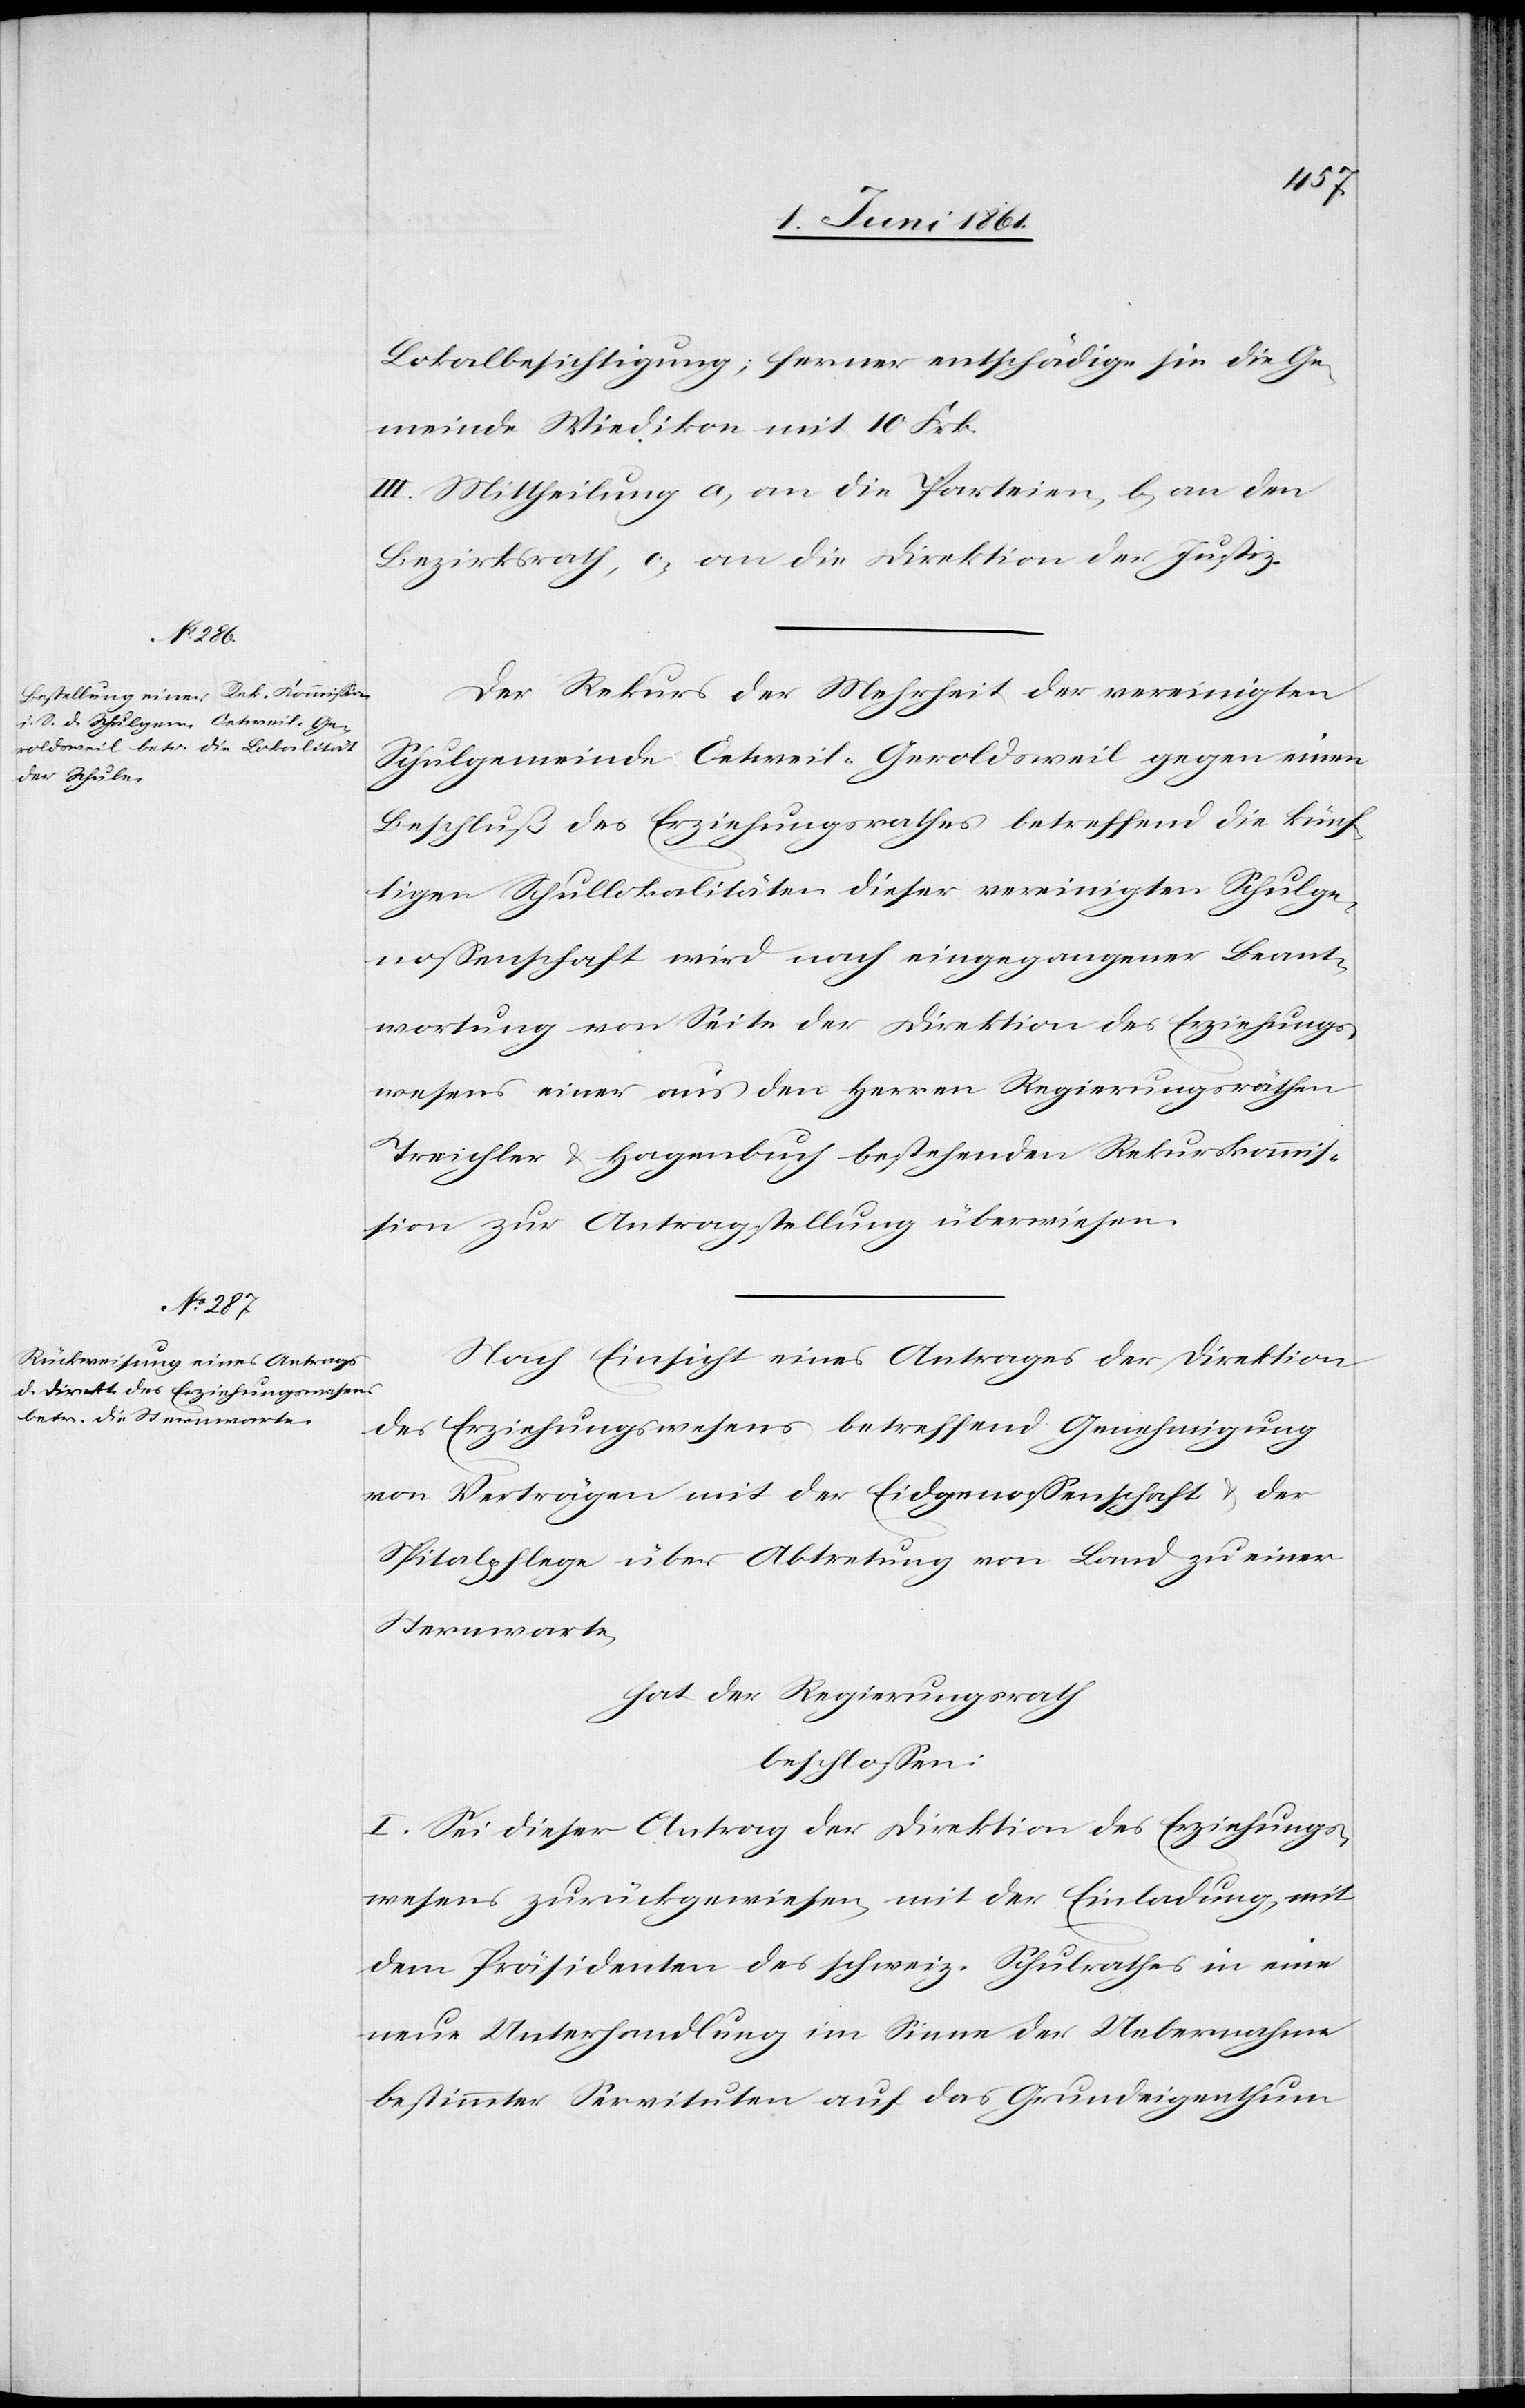
Lokalbesichtigung; ferner entschädige sie die Ge¬
meinde Wiedikon mit 10 Frk.
III. Mittheilung a. an die Parteien, b. an den
Bezirksrath, c. an die Direktion der Justiz.
Der Rekurs der Mehrheit der vereinigten
Schulgemeinde Oetweil-Geroldsweil gegen einen
Beschluß des Erziehungsrathes betreffend die künf¬
tigen Schullokalitäten dieser vereinigten Schulge¬
nossenschaft wird nach eingegangener Beant¬
wortung von Seite der Direktion des Erziehungs¬
wesens einer aus den Herren Regierungsräthen
Treichler u. Hagenbuch bestehenden Rekurskommis¬
sion zur Antragstellung überwiesen.
Nach Einsicht eines Antrages der Direktion
des Erziehungswesens betreffend Genehmigung
von Verträgen mit der Eidgenossenschaft u. der
Spitalpflege über Abtretung von Land zu einer
Sternwarte;
hat der Regierungsrath
beschlossen:
I. Sei dieser Antrag der Direktion des Erziehungs¬
wesens zurückgewiesen, mit der Einladung, mit
dem Präsidenten des schweiz. Schulrathes in eine
neue Unterhandlung im Sinne der Uebernahme
bestimmter Servituten auf das Grundeigenthum